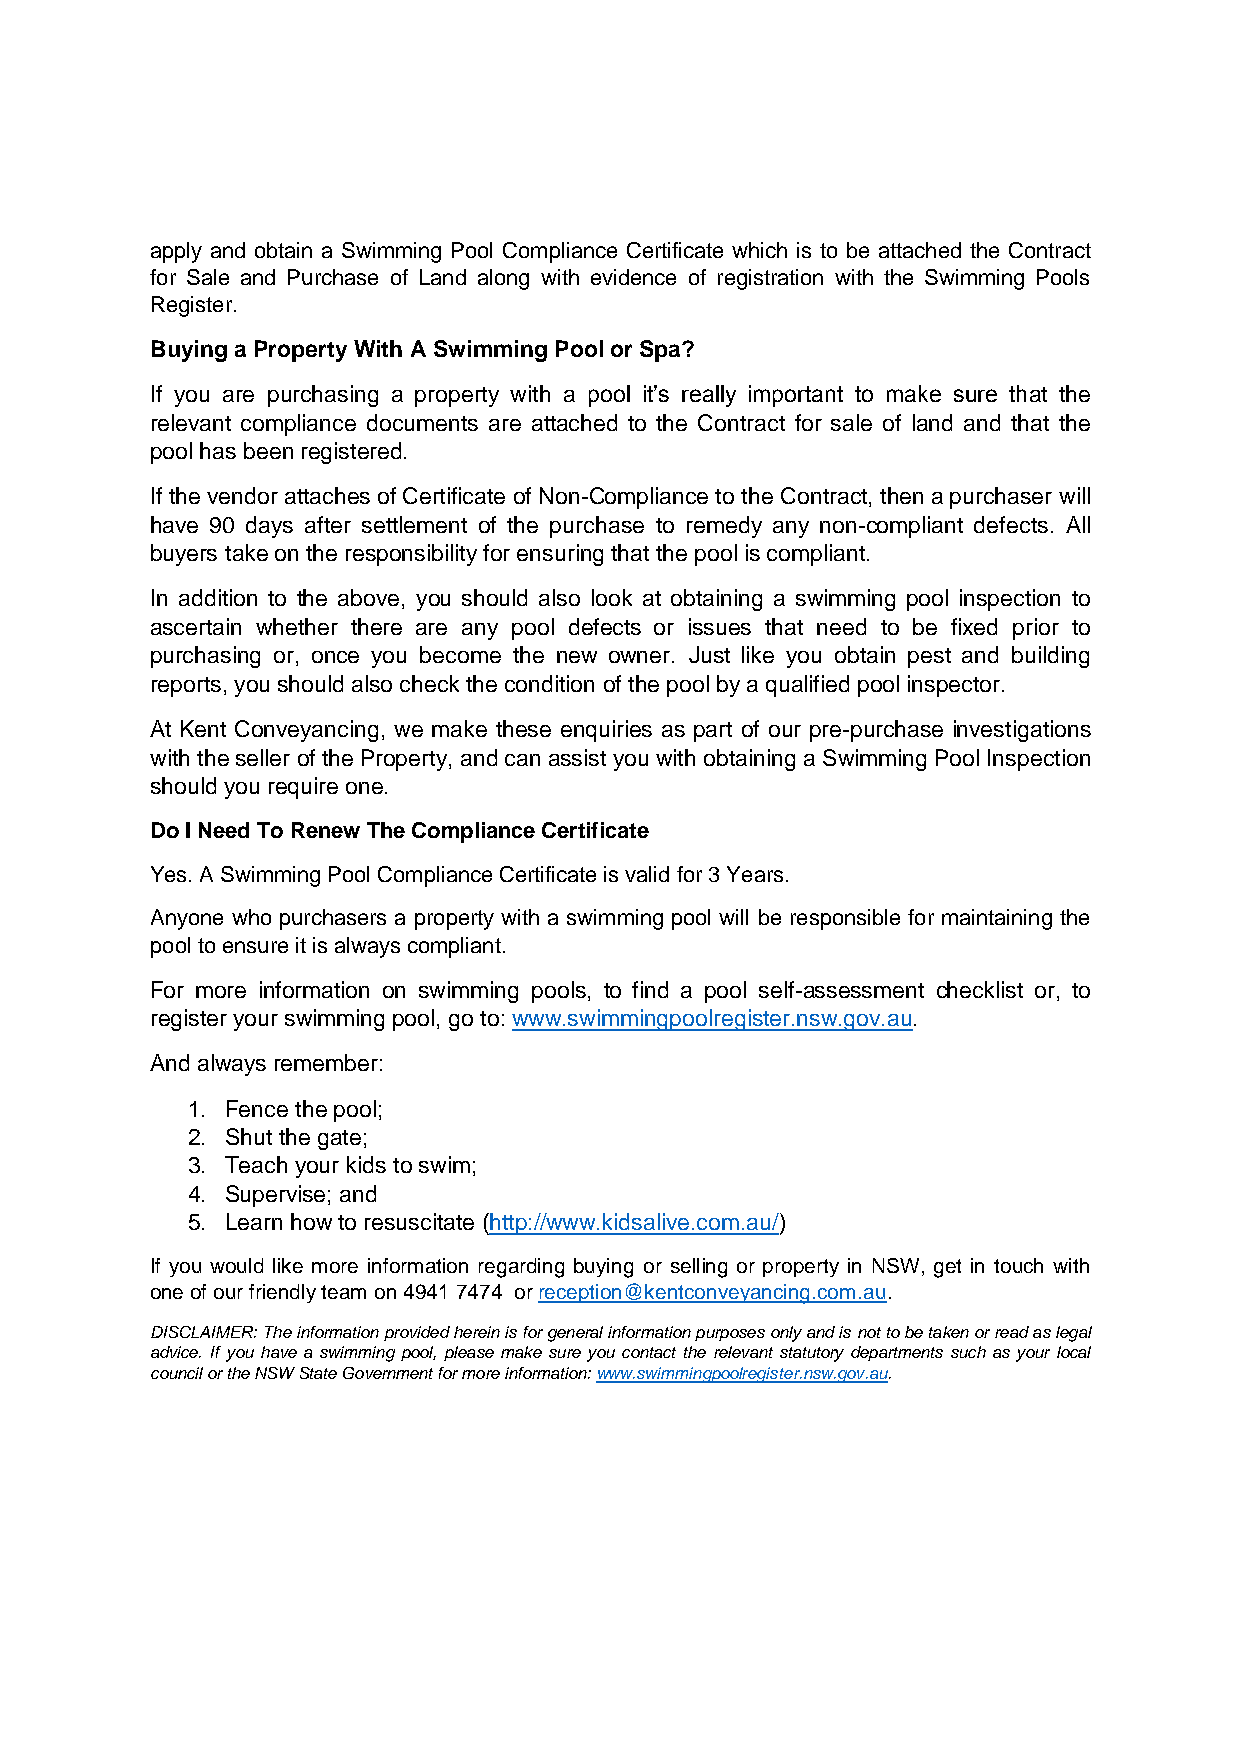
apply and obtain a Swimming Pool Compliance Certificate which is to be attached the Contract
 for Sale and Purchase of Land along with evidence of registration with the Swimming Pools
 Register.
 Buying a Property With A Swimming Pool or Spa?
 If you are purchasing a property with a pool it’s really important to make sure that the
 relevant compliance documents are attached to the Contract for sale of land and that the
 pool has been registered.
 If the vendor attaches of Certificate of Non-Compliance to the Contract, then a purchaser will
 have 90 days after settlement of the purchase to remedy any non-compliant defects. All
 buyers take on the responsibility for ensuring that the pool is compliant.
 In addition to the above, you should also look at obtaining a swimming pool inspection to
 ascertain whether there are any pool defects or issues that need to be fixed prior to
 purchasing or, once you become the new owner. Just like you obtain pest and building
 reports, you should also check the condition of the pool by a qualified pool inspector.
 At Kent Conveyancing, we make these enquiries as part of our pre-purchase investigations
 with the seller of the Property, and can assist you with obtaining a Swimming Pool Inspection
 should you require one.
 Do I Need To Renew The Compliance Certificate
 Yes. A Swimming Pool Compliance Certificate is valid for 3 Years.
 Anyone who purchasers a property with a swimming pool will be responsible for maintaining the
 pool to ensure it is always compliant.
 For more information on swimming pools, to find a pool self-assessment checklist or, to
 register your swimming pool, go to: www.swimmingpoolregister.nsw.gov.au.
 And always remember:
 1. Fence the pool;
 2. Shut the gate;
 3. Teach your kids to swim;
 4. Supervise; and
 5. Learn how to resuscitate (http://www.kidsalive.com.au/)
 If you would like more information regarding buying or selling or property in NSW, get in touch with
 one of our friendly team on 4941 7474 or reception@kentconveyancing.com.au.
 DISCLAIMER: The information provided herein is for general information purposes only and is not to be taken or read as legal
 advice. If you have a swimming pool, please make sure you contact the relevant statutory departments such as your local
 council or the NSW State Government for more information: www.swimmingpoolregister.nsw.gov.au.